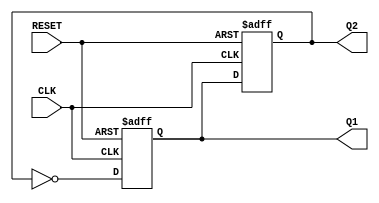
module dual_stage_johnson_counter (
    input wire CLK,       // Clock input
    input wire RESET,     // Reset input
    output reg Q1,        // Output of the first flip-flop
    output reg Q2         // Output of the second flip-flop
);

// Sequential logic for the Johnson counter
always @(posedge CLK or posedge RESET) begin
    if (RESET) begin
        // Reset both flip-flops to 0
        Q1 <= 1'b0;
        Q2 <= 1'b0;
    end else begin
        // State transition logic
        Q1 <= ~Q2; // D1 is the inverted output of Q2
        Q2 <= Q1;  // D2 is the current output of Q1
    end
end

endmodule